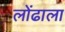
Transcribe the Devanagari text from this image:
लोंढाला